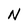
Character: N